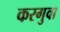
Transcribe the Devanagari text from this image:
करगुवा